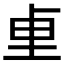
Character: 𫭬